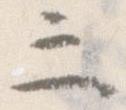
三